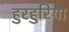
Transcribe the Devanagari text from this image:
हुरहुरिया